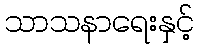
သာသနာရေးနှင့်